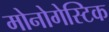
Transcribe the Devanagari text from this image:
मोनोगेस्टिक